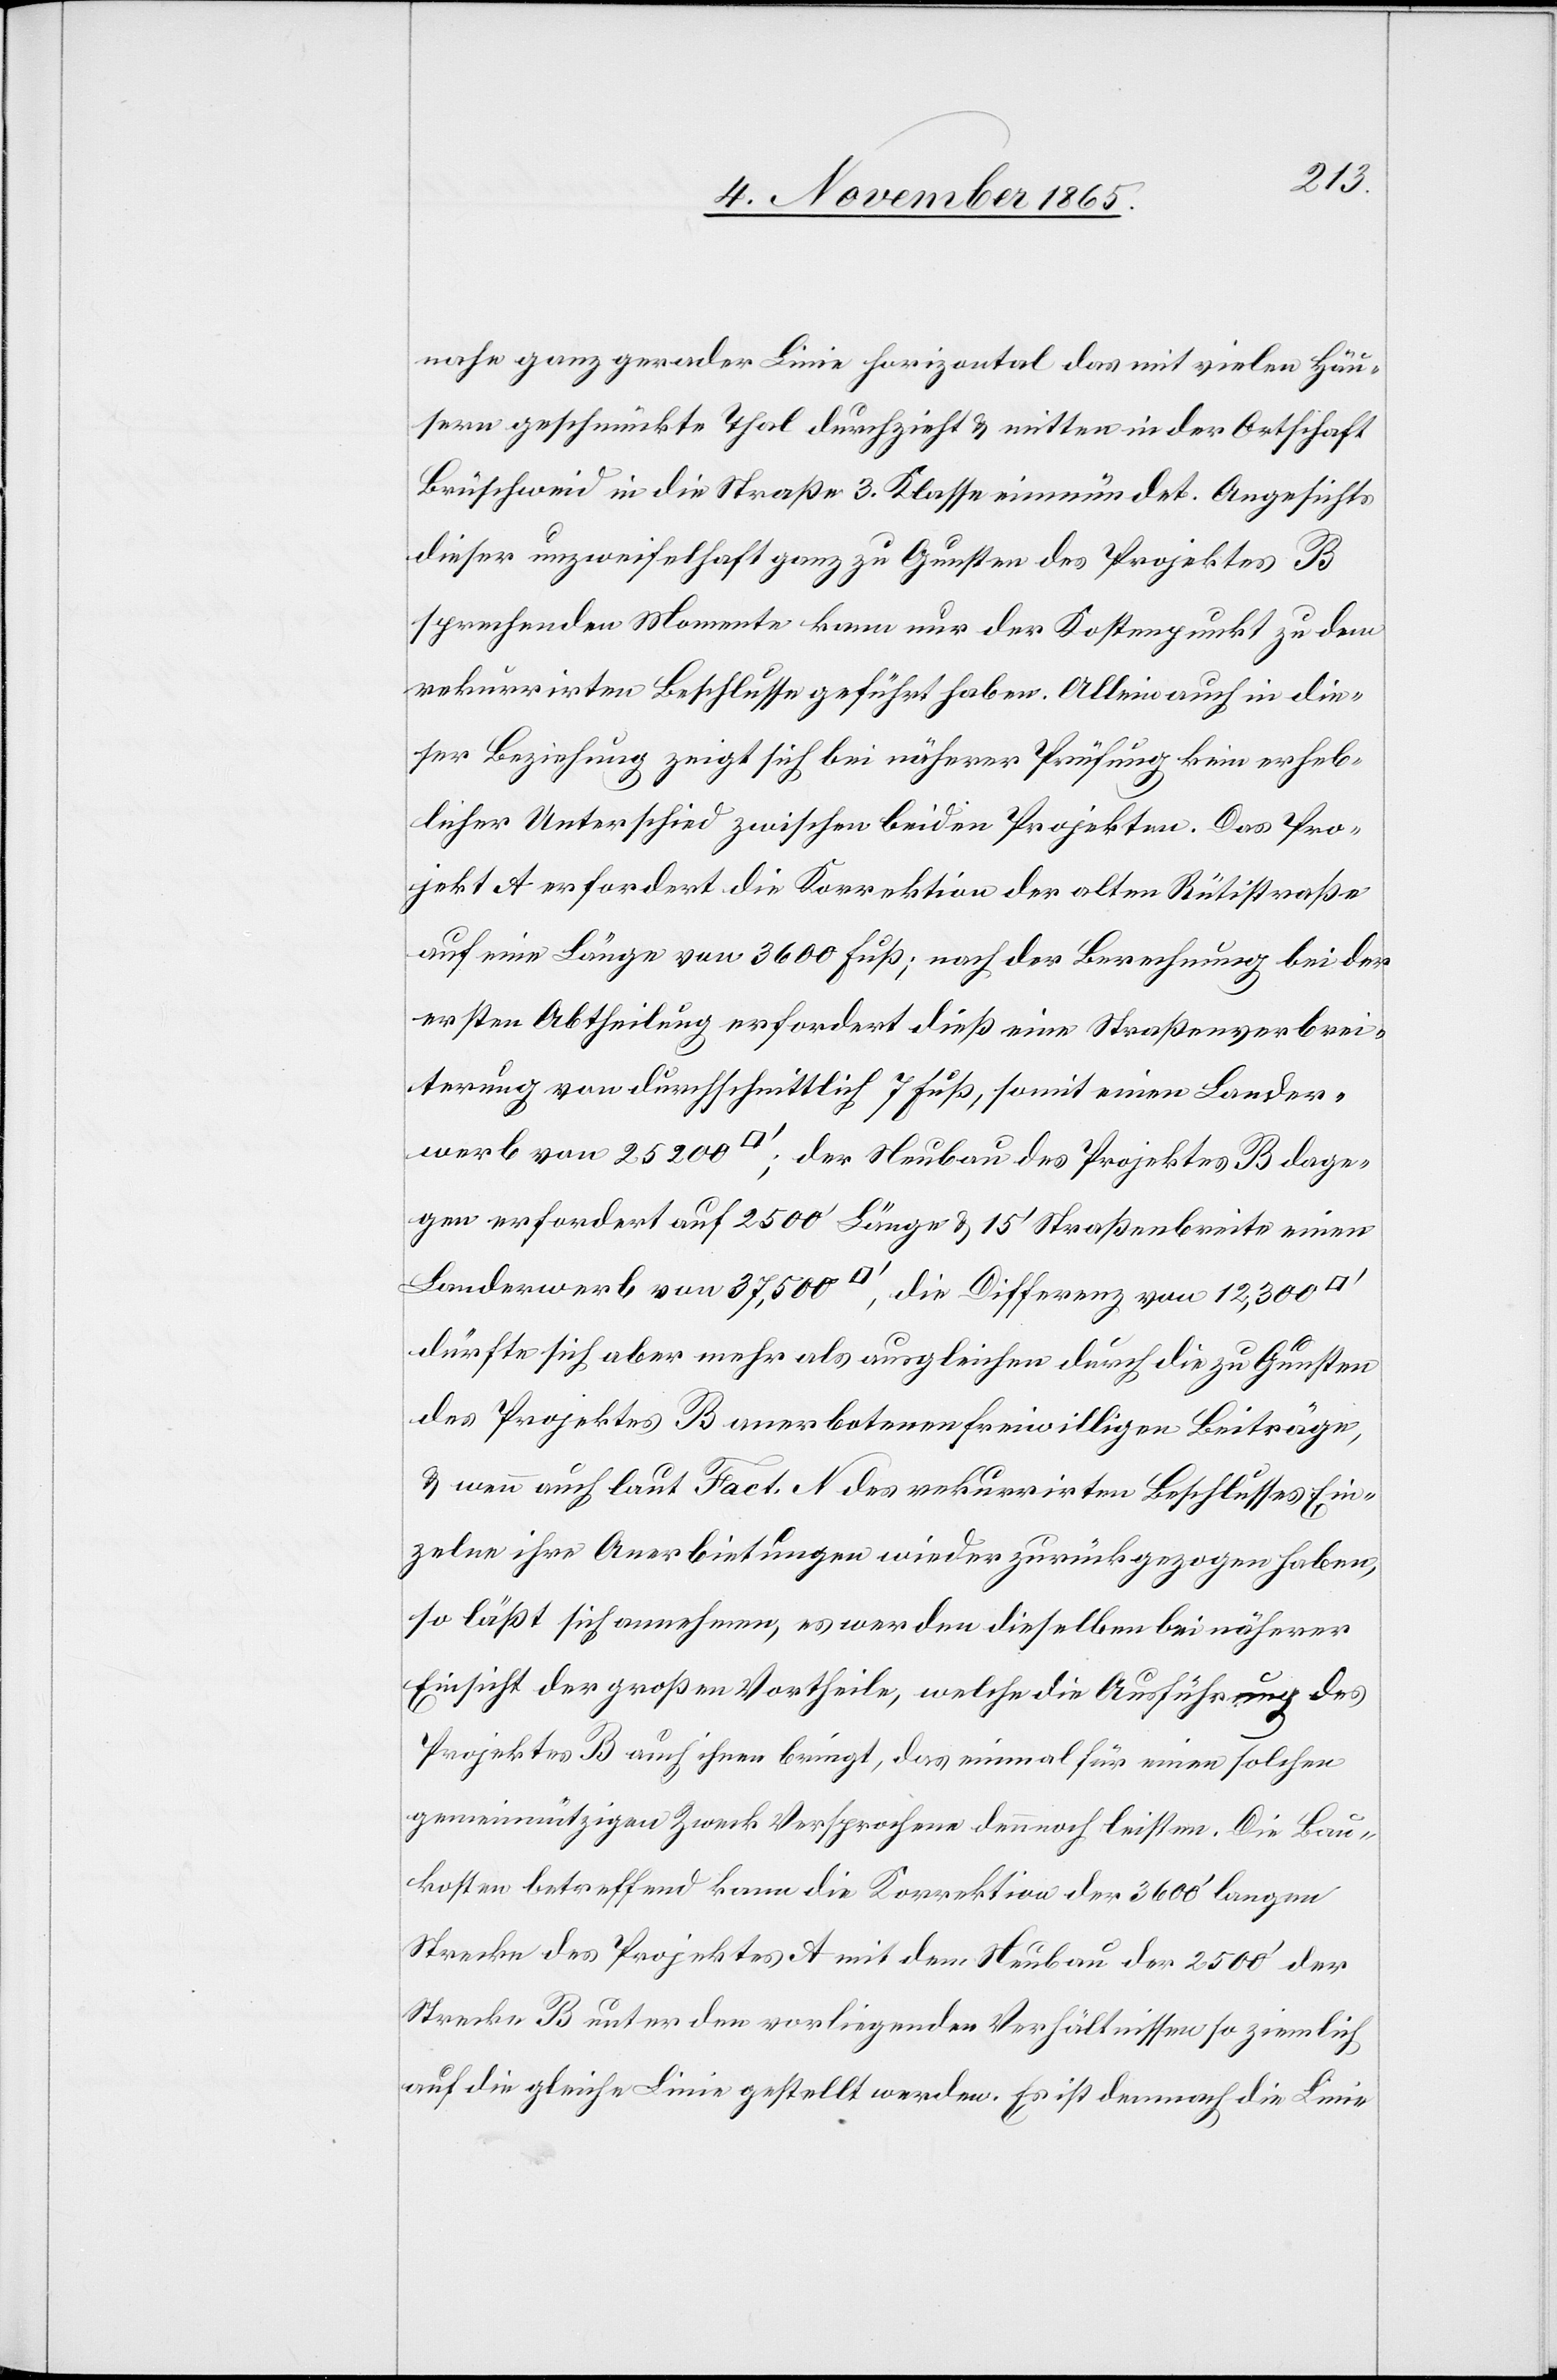
nahe ganz gerader Linie horizontal das mit vielen Häu¬
sern geschmückte Thal durchzieht & mitten in der Ortschaft
Brüschweid in die Straße 3. Klasse einmündet. Angesichts
dieser unzweifelhaft ganz zu Gunsten des Projektes B
sprechenden Momente kann nur der Kostenpunkt zu dem
rekurrirten Beschlusse geführt haben. Allein auch in die¬
ser Beziehung zeigt sich bei näherer Prüfung kein erheb¬
licher Unterschied zwischen beiden Projekten. Das Pro¬
jekt A erfordert die Korrektion der alten Rütistraße
auf einer Länge von 3600 Fuß; nach der Berechnung bei der
ersten Abtheilung erfordert dieß eine Straßenverbrei¬
terung von durchschnittlich 7 Fuß, somit einen Lander¬
werb von 25,200 [Quadratfuß]; der Neubau des Projektes B dage¬
gen erfordert auf 2500’ Länge & 15’ Straßenbreite einen
Landerwerb von 37,500 [Quadratfuß], die Differenz von 12,300
dürfte sich aber mehr als ausgleichen durch die zu Gunsten
des Projektes B anerbotenen freiwilligen Beiträge,
& wenn auch laut Fact. N des rekurrirten Beschlusses Ein¬
zelne ihre Anerbietungen wieder zurückgezogen haben,
so läßt sich annehmen, es werden dieselben bei näherer
Einsicht der großen Vortheile, welche die Ausführung des
Projektes B auch ihnen bringt, das einmal für einen solchen
gemeinnützigen Zweck Versprochene dennoch leisten. Die Bau¬
kosten betreffend kann die Korrektion der 3600’ langen
Strecke des Projektes A mit dem Neubau der 2500’ der
Strecke B unter den vorliegenden Verhältnissen so ziemlich
auf die gleiche Linie gestellt werden. Es ist demnach die Linie